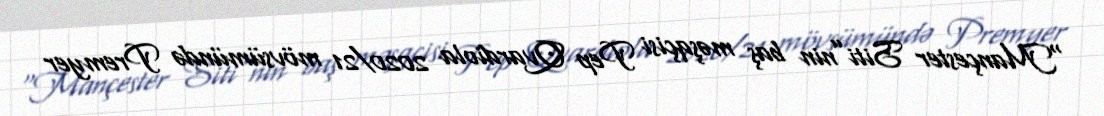
“Mançester Siti”nin baş məşqçisi Pep Qvardiola 2020/21 mövsümündə Premyer